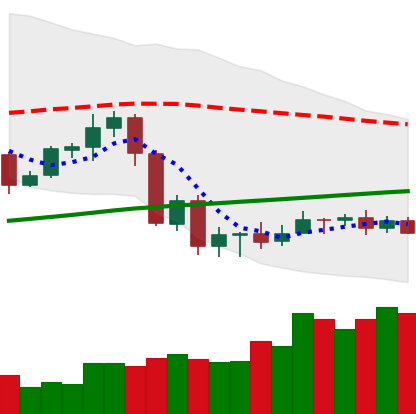
Ticker: ADA-USD
Chart end date: 2020-09-15
Forward return: -4.346%
Label: down_3_5